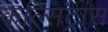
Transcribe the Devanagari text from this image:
केल्सिट्रांस